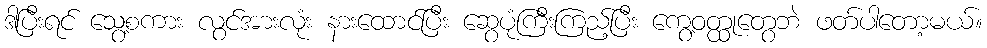
ဒါပြီးရင် သွေ့စကား လွင်အားလုံး နားထောင်ပြီး ဆွေပုံကြီးကြည့်ပြီး ကွေ့ဝတ္ထုတွေဘဲ ဖတ်ပါတော့မယ်။